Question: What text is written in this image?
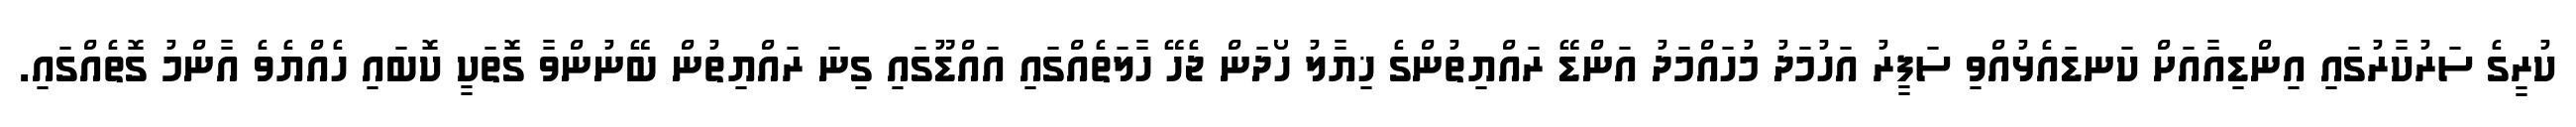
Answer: ކުރީގެ ސަރުކާރުގައި އިންޑިއާއަށް ކަނޑައެޅުއްވި ސަފީރު އަހުމަދު މުހައްމަދު އަންޑޭ ރައްޔިތުންގެ ޚިޔާލު ހޯދަން ޖެހޭ ހާލަތެއްގައި އައްޑޫގައި ގިނަ ރައްޔިތުން ބޭނުންވާ ގޮތަކީ ކޮބައި ހެއްޔެވެ އާންމު ގޮތެއްގައި.